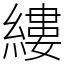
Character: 縷